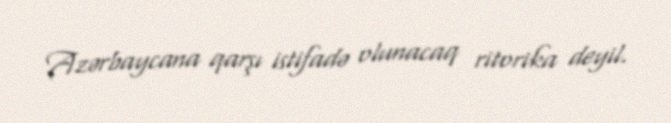
Azərbaycana qarşı istifadə olunacaq ritorika deyil.